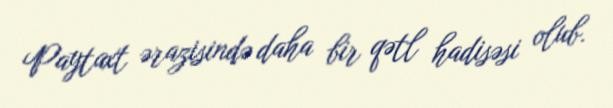
Paytaxt ərazisində daha bir qətl hadisəsi olub.